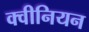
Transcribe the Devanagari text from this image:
क्वीनियन